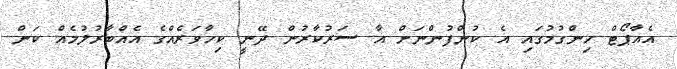
އެއާޕޯޓް ހިންގުމުގައި އެ ކުންފުންނަށް އާ ސަރުކާރުން ދޭނީ ކިހާވަރެއްގެ އެއްބާރުލުމެއް ކަން